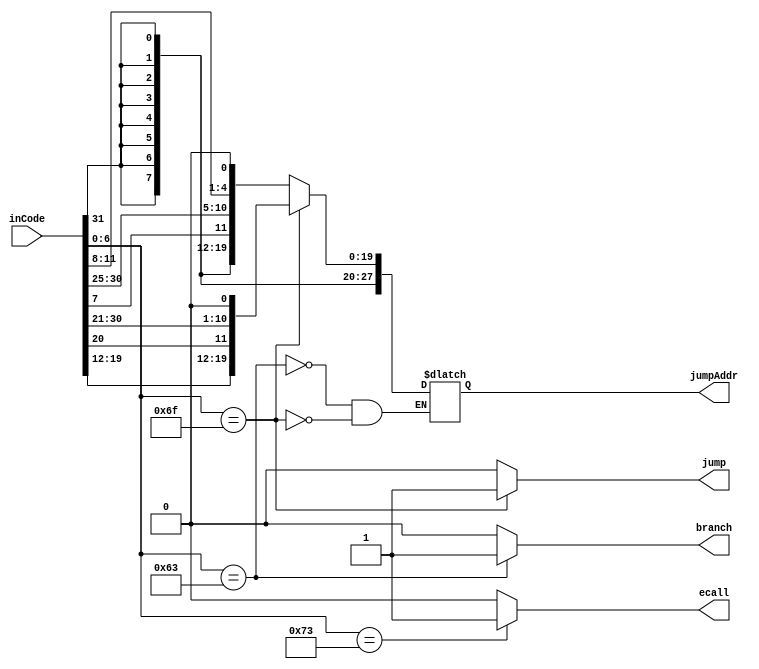
`timescale 1ns / 1ps
//////////////////////////////////////////////////////////////////////////////////
// Company: 
// Engineer: 
// 
// Design Name: 
// Module Name: Instruction_decoder
// Project Name: 
// Target Devices: 
// Tool Versions: 
// Description: 
// 
// Dependencies: 
// 
// Revision:
// Revision 0.01 - File Created
// Additional Comments:
// 
//////////////////////////////////////////////////////////////////////////////////

module Branch_Jump(jumpAddr,branch,jump,ecall,inCode);
output reg[31:0]jumpAddr;
output reg branch,jump,ecall;
input [31:0]inCode;
wire [6:0]opCode;

assign opCode = inCode[6:0];

always@(inCode)
begin
case(opCode)
7'b1100011: begin branch = 1; jump = 0; ecall = 0;
                  jumpAddr[31:0] = {{20{inCode[31]}},inCode[7],inCode[30:25],inCode[11:8],1'b0};
            end   
7'b1101111: begin branch = 0; jump = 1; ecall = 0;
                  jumpAddr[31:0] = {{12{inCode[31]}},inCode[19:12],inCode[20],inCode[30:21],1'b0};
            end
7'b1110011: begin branch = 0; jump = 0; ecall = 1; end
default: begin branch = 0; jump = 0; ecall = 0; end
endcase
end

endmodule